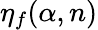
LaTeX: \eta_{f}(\alpha,n)